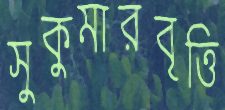
সুকুমারবৃত্তি